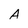
Character: A